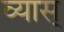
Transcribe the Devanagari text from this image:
व्यास्